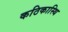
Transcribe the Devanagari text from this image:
कठिकास्थि